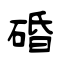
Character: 碈